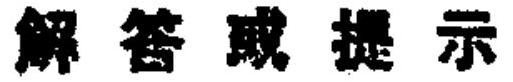
解答或提示